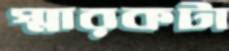
স্মারকটা